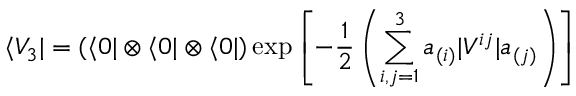
\langle V _ { 3 } | = ( \langle 0 | \otimes \langle 0 | \otimes \langle 0 | ) \exp \left[ - \frac { 1 } { 2 } \left( \sum _ { i , j = 1 } ^ { 3 } a _ { ( i ) } | V ^ { i j } | a _ { ( j ) } \right) \right]